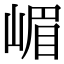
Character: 嵋